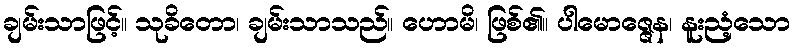
ချမ်းသာဖြင့်။ သုခိတော၊ ချမ်းသာသည်။ ဟောမိ၊ ဖြစ်၏။ ပါမောဇ္ဇေန၊ နူးညံ့သော